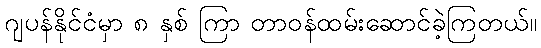
ဂျပန်နိုင်ငံမှာ ၈ နှစ် ကြာ တာဝန်ထမ်းဆောင်ခဲ့ကြတယ်။